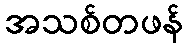
အသစ်တဖန်